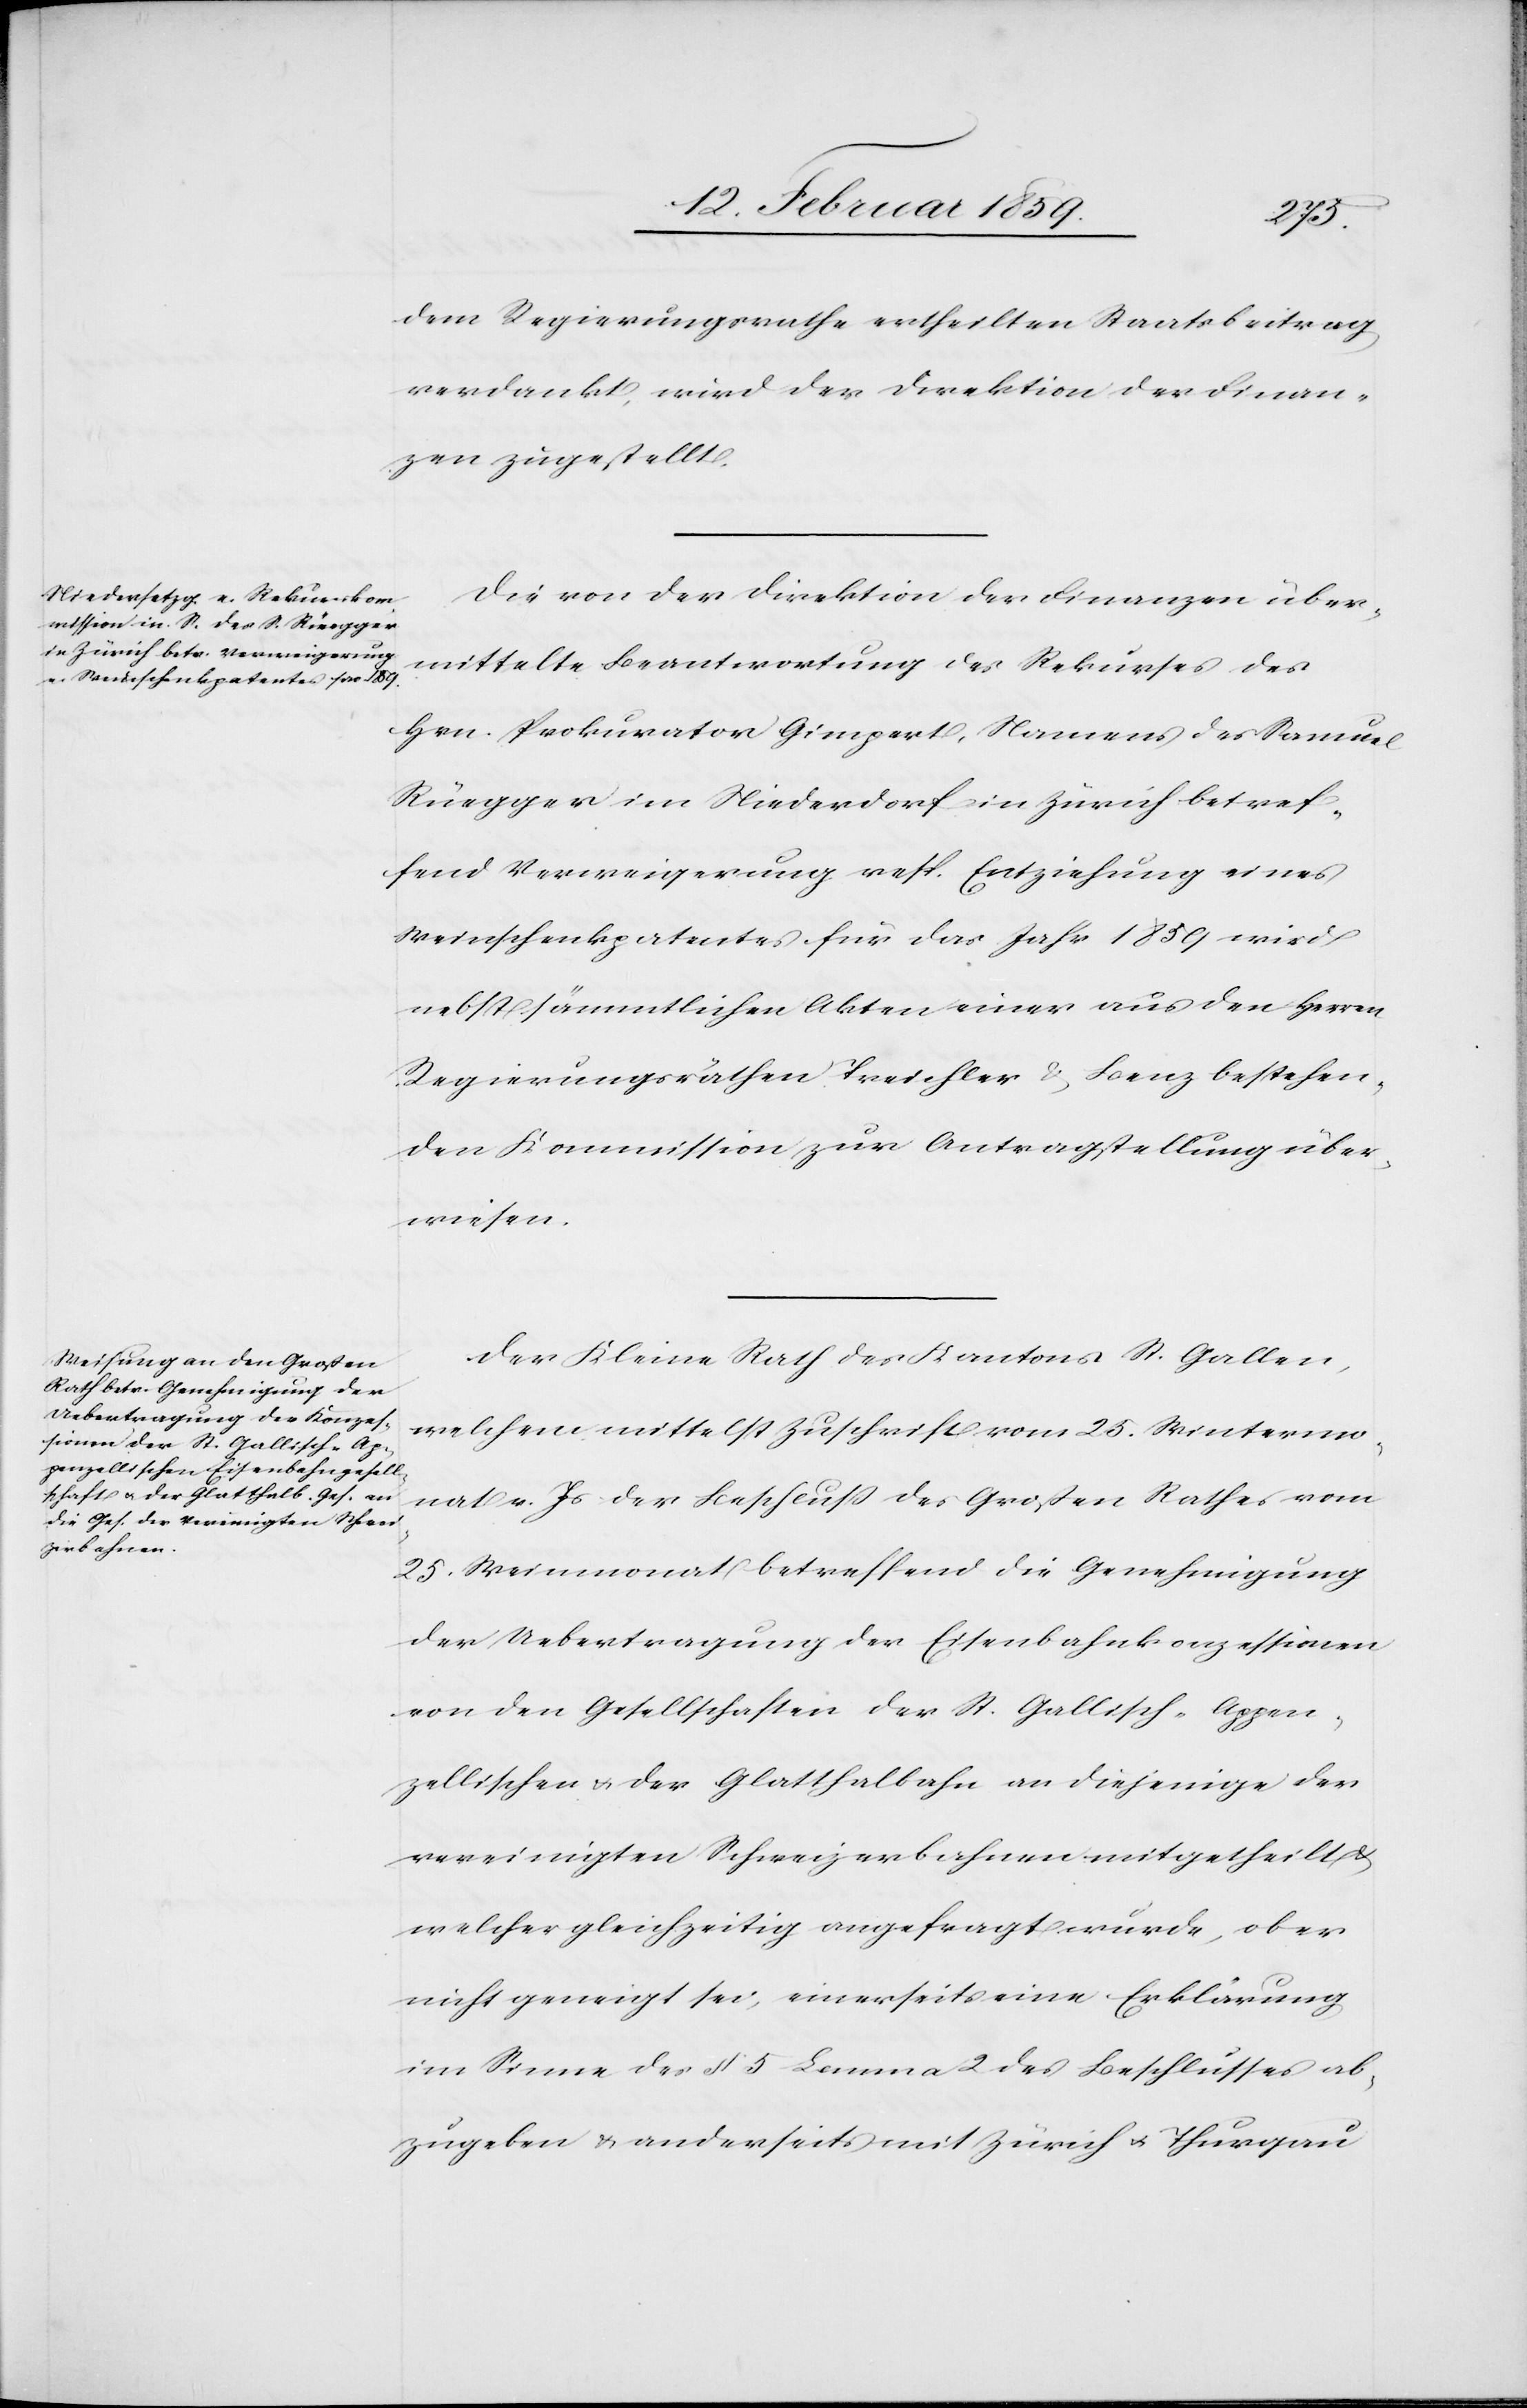
dem Regierungsrathe ertheilten Staatsbeitrag
verdankt, wird der Direktion der Finan¬
zen zugestellt.
Die von der Direktion der Finanzen über¬
mittelte Beantwortung des Rekurses des
Hrn. Prokurator Gimpert, Namens des Samuel
Rüegger im Niederdorf in Zürich betref¬
fend Verweigerung resp. Entziehung eines
Weinschenkpatentes für das Jahr 1859 wird
nebst sämmtlichen Akten einer aus den Herren
Regierungsräthen Treichler & Benz bestehen¬
den Kommission zur Antragstellung über¬
wiesen.
Der Kleine Rath des Kantons St.Gallen,
welchem mittelst Zuschrift vom 25. Wintermo¬
nat v. Js. der Beschluß des Großen Rathes vom
25. Weinmonat betreffend die Genehmigung
der Uebertragung der Eisenbahnkonzessionen
von den Gesellschaften der St.Gallisch-Appen¬
zellischen u. der Glatthalbahn an diejenigen der
vereinigten Schweizerbahnen mitgetheilt &
welcher gleichzeitig angefragt wurde, ob er
nicht geneigt sei, einerseits eine Erklärung
im Sinne des § 5 Lemma 2 des Beschlusses ab¬
zugeben & anderseits mit Zürich u. Thurgau